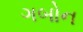
ગબોન